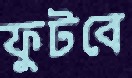
ফুটবে